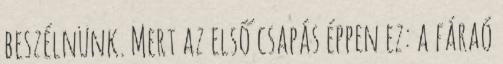
beszélnünk. Mert az első csapás éppen ez: a fáraó